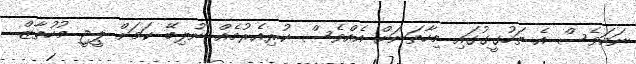
ނަމަވެސް އެ ތަހުގީގުގައި މިހާތަނަށް އެއްވެސް ކުރިއެރުމެއް ނުލިބޭ ކަމަށް ޕީޖީ މުހުތާޒް